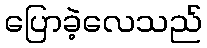
ပြောခဲ့လေသည်